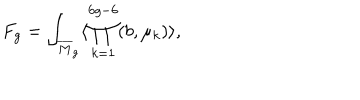
F _ { g } = \int _ { { \overline { { M } } } _ { g } } \langle \prod _ { k = 1 } ^ { 6 g - 6 } ( b , \mu _ { k } ) \rangle ,